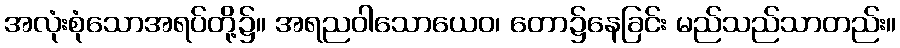
အလုံးစုံသောအရပ်တို့၌။ အရညဝါသောယေဝ၊ တော၌နေခြင်း မည်သည်သာတည်း။